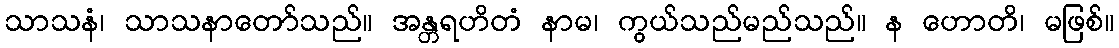
သာသနံ၊ သာသနာတော်သည်။ အန္တရဟိတံ နာမ၊ ကွယ်သည်မည်သည်။ န ဟောတိ၊ မဖြစ်။